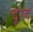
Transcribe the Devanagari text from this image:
दूरद